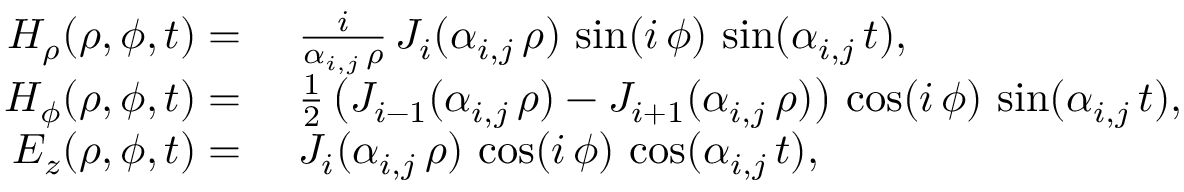
\begin{array} { r l } { H _ { \rho } ( \rho , \phi , t ) = } & { \, \, \frac { i } { \alpha _ { i , j } \, \rho } \, J _ { i } ( \alpha _ { i , j } \, \rho ) \, \sin ( i \, \phi ) \, \sin ( \alpha _ { i , j } \, t ) , } \\ { H _ { \phi } ( \rho , \phi , t ) = } & { \, \, \frac { 1 } { 2 } \, \big ( J _ { i - 1 } ( \alpha _ { i , j } \, \rho ) - J _ { i + 1 } ( \alpha _ { i , j } \, \rho ) \big ) \, \cos ( i \, \phi ) \, \sin ( \alpha _ { i , j } \, t ) , } \\ { E _ { z } ( \rho , \phi , t ) = } & { \, \, J _ { i } ( \alpha _ { i , j } \, \rho ) \, \cos ( i \, \phi ) \, \cos ( \alpha _ { i , j } \, t ) , } \end{array}